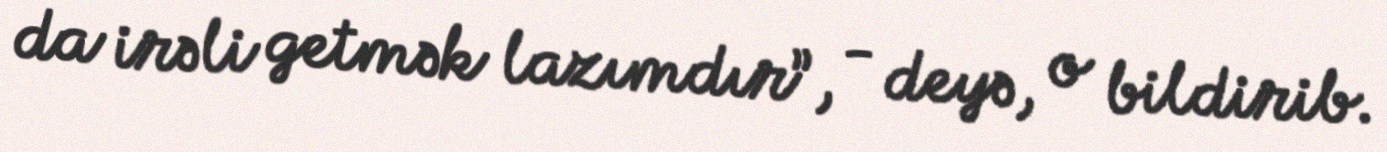
da irəli getmək lazımdır”, - deyə, o bildirib.